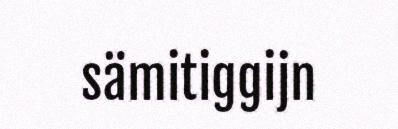
sämitiggijn